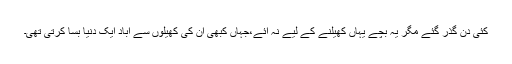
کئی دن گذر گئے مگر یہ بچے یہاں کھیلنے کے لیے نہ آئے،جہاں کبھی اُن کی کھیلوں سے آباد ایک دنیا بسا کرتی تھی۔